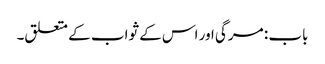
باب : مرگی اور اس کے ثواب کے متعلق۔